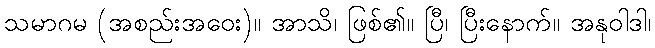
သမာဂမ (အစည်းအဝေး)။ အာသိ၊ ဖြစ်၏။ ပြီ၊ ပြီးနောက်။ အနုဝါဒါ၊